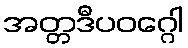
အတ္တဒီပဝဂ္ဂေါ